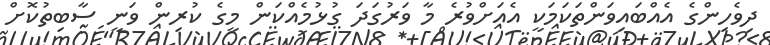
ދިވެހިންގެ އެއްބައިވަންތަކަމަކީ އެއަށްވުރެ މާ ވަރުގަދަ ގުޅުމެއްކަން މީގެ ކުރިން ވަނީ ސާބިތުކޮށް